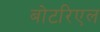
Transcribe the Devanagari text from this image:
बोटरिएल